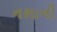
નશાની